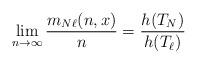
LaTeX: \begin{align*} \lim_{n \rightarrow \infty} \frac{m_{N{\ell}}(n, x)}{n} = \frac{h(T_N)}{h(T_{\ell})}\end{align*}